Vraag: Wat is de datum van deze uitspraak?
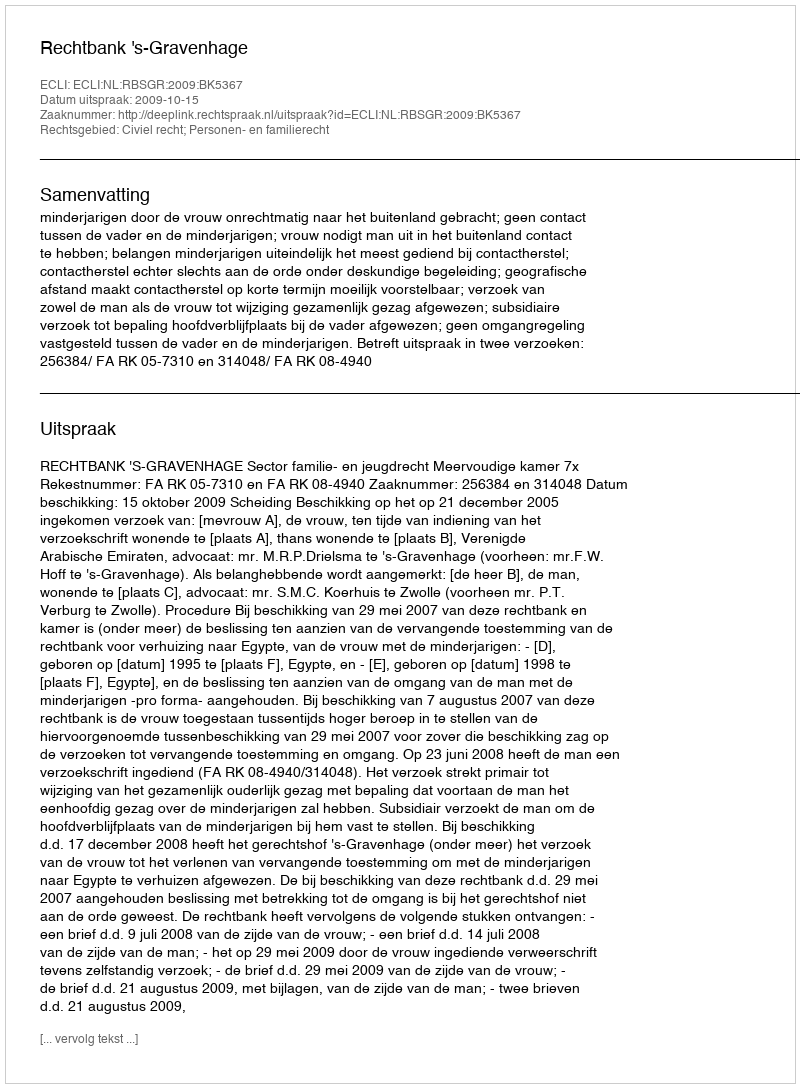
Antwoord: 2009-10-15